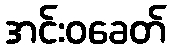
အင်းဝခေတ်